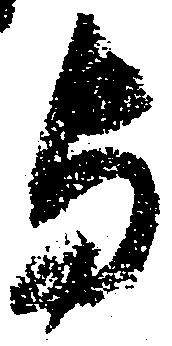
与